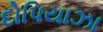
દોપિયાઝા